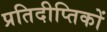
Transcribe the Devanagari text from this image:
प्रतिदीप्तिकों